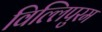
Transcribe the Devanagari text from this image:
विल्लिपुरम